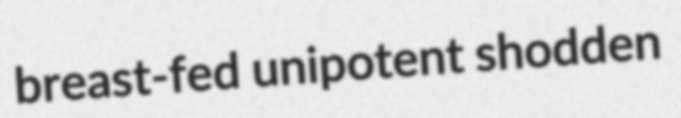
breast-fed unipotent shodden